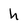
Character: u